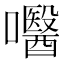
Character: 𡄵